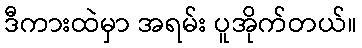
ဒီကားထဲမှာ အရမ်း ပူအိုက်တယ်။